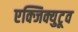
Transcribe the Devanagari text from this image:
एक्जिक्युटूव